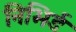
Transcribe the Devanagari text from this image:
निभिर्ड